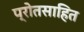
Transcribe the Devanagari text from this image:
प्रोतसाहित